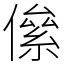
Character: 㒍